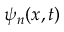
\psi _ { n } ( x , t )